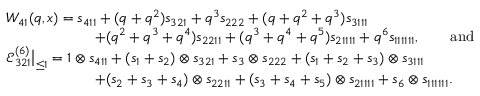
\begin{array} { r l } & { W _ { 4 1 } ( q , \boldsymbol { x } ) = s _ { 4 1 1 } + ( q + q ^ { 2 } ) s _ { 3 2 1 } + q ^ { 3 } s _ { 2 2 2 } + ( q + q ^ { 2 } + q ^ { 3 } ) s _ { 3 1 1 1 } } \\ & { \qquad \qquad \qquad + ( q ^ { 2 } + q ^ { 3 } + q ^ { 4 } ) s _ { 2 2 1 1 } + ( q ^ { 3 } + q ^ { 4 } + q ^ { 5 } ) s _ { 2 1 1 1 1 } + q ^ { 6 } s _ { 1 1 1 1 1 1 } , \qquad \mathrm { a n d } } \\ & { \mathcal { E } _ { 3 2 1 } ^ { ( 6 ) } \big | _ { \leq 1 } = 1 \otimes s _ { 4 1 1 } + ( s _ { 1 } + s _ { 2 } ) \otimes s _ { 3 2 1 } + s _ { 3 } \otimes s _ { 2 2 2 } + ( s _ { 1 } + s _ { 2 } + s _ { 3 } ) \otimes s _ { 3 1 1 1 } } \\ & { \qquad \qquad \qquad + ( s _ { 2 } + s _ { 3 } + s _ { 4 } ) \otimes s _ { 2 2 1 1 } + ( s _ { 3 } + s _ { 4 } + s _ { 5 } ) \otimes s _ { 2 1 1 1 1 } + s _ { 6 } \otimes s _ { 1 1 1 1 1 1 } . } \end{array}